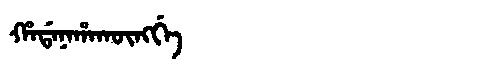
Manchu: ᡥᠠᡩᠠᠨᠠᡥᠠᡴᡡᠩᡤᡝ
Romanization: HADANAHAKŪNGGE